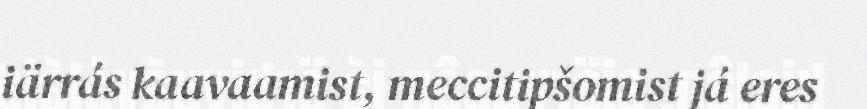
iärrás kaavaamist, meccitipšomist já eres